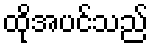
ထိုအပင်သည်